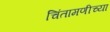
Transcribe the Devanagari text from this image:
चिंतामणीच्या